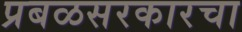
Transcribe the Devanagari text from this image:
प्रबळसरकारचा